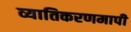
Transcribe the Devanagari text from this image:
व्यातिकरणमापी